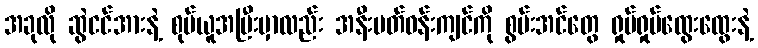
အခုလို ဆွဲငင်အားနဲ့ စုပ်ယူအပြီးမှာလည်း အနီးပတ်ဝန်းကျင်ကို စွမ်းအင်တွေ ရှုပ်ရှုပ်ထွေးထွေးနဲ့